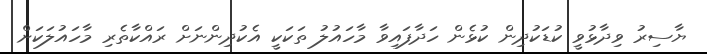
ޔާސިރު ވިދާޅުވީ ކުޑަކުދިން ކުޅެން ހަދާފައިވާ މާހައުލު ތަކަކީ އެކުދިންނަށް ރައްކާތެރި މާހައުލަކަށް